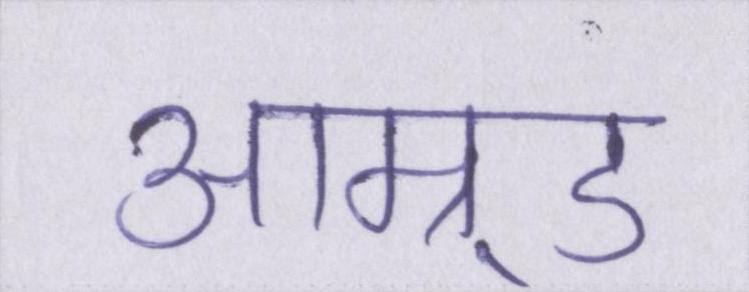
आम्र्ड